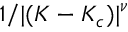
1 / | ( K - K _ { c } ) | ^ { \nu }